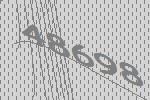
48698